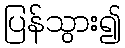
ပြန်သွား၍